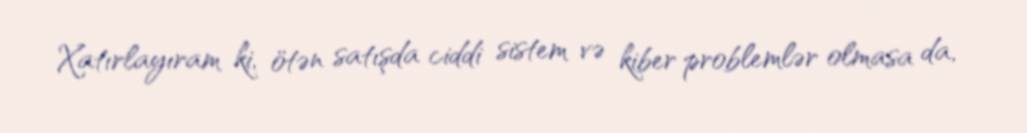
Xatırlayıram ki, ötən satışda ciddi sistem və kiber problemlər olmasa da,